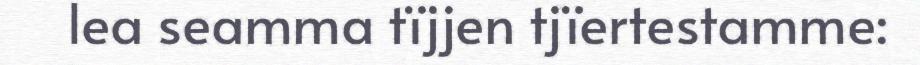
lea seamma tïjjen tjïertestamme: